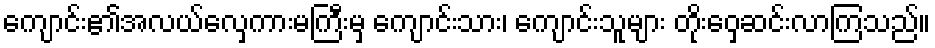
ကျောင်း၏အလယ်လှေကားမကြီးမှ ကျောင်းသား၊ ကျောင်းသူများ တိုးဝှေ့ဆင်းလာကြသည်။